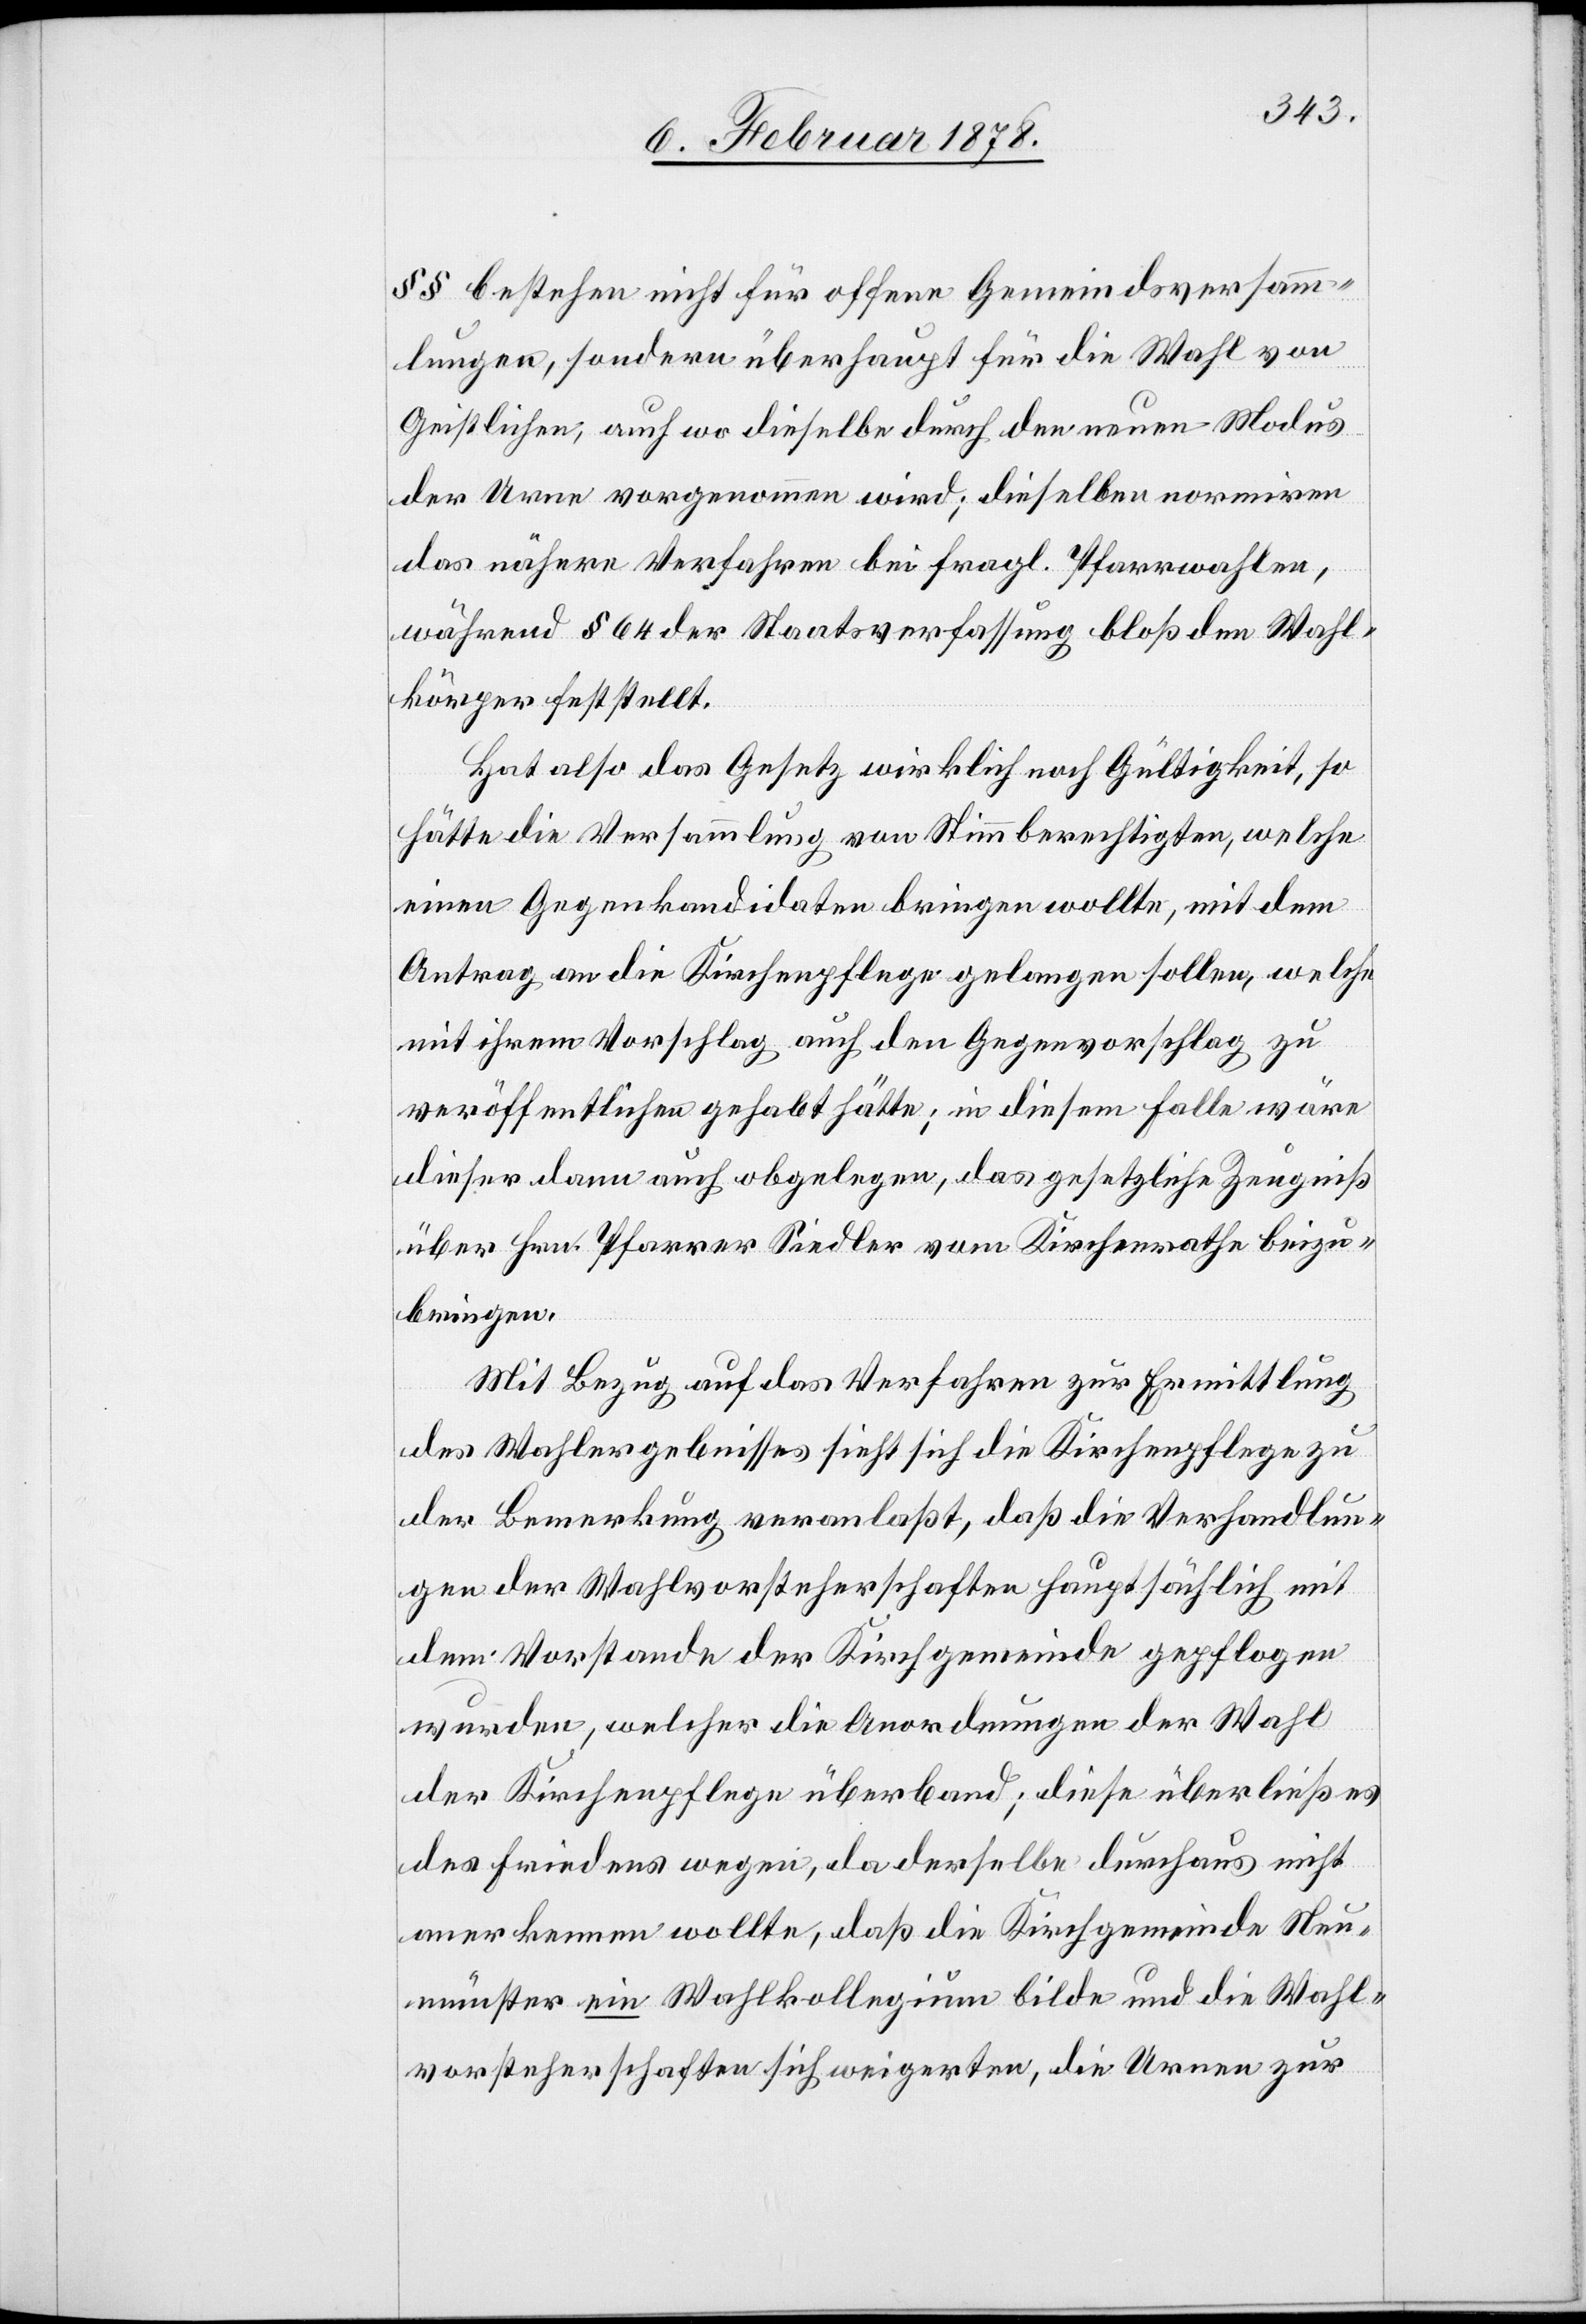
§§ bestehen nicht für offene Gemeindeversamm¬
lungen, sondern überhaupt für die Wahl von
Geistlichen, auch wo dieselbe durch den neuen Modus
der Urne vorgenommen wird; dieselben normiren
das nähere Verfahren bei fragl. Pfarrwahlen,
während § 64 der Staatsverfassung bloß den Wahl¬
körper feststellt.
Hat also das Gesetz wirklich noch Gültigkeit, so
hätte die Versammlung von Stimmberechtigten, welche
einen Gegenkandidaten bringen wollte, mit dem
Antrag an die Kirchenpflege gelangen sollen, welche
mit ihrem Vorschlag auch den Gegenvorschlag zu
veröffentlichen gehabt hätte; in diesem Falle wäre
dieser dann auch obgelegen, das gesetzliche Zeugniß
über Hrn. Pfarrer Siedler vom Kirchenrathe beizu¬
bringen.
Mit Bezug auf das Verfahren zur Ermittlung
des Wahlergebnisses sieht sich die Kirchenpflege zu
der Bemerkung veranlaßt, daß die Verhandlun¬
gen der Wahlvorsteherschaften hauptsächlich mit
dem Vorstande der Kirchgemeinde gepflogen
wurden, welcher die Anordnungen der Wahl
der Kirchenpflege überband; diese überließ es
des Friedens wegen, da derselbe durchaus nicht
anerkennen wollte, daß die Kirchgemeinde Neu¬
münster ein Wahlkollegium bilde und die Wahl¬
vorsteherschaften sich weigerten, die Urnen zur